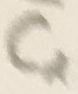
Text: C1